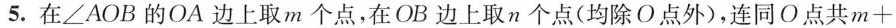
5.在∠AOB的OA边上取m个点，在OB边上取n个点(均除O点外)，连同O点共$$m +